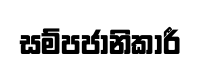
සම්පජානිකාරී